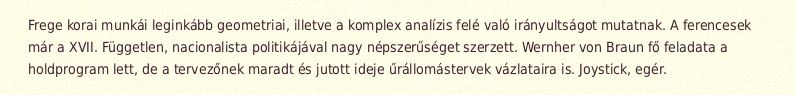
Frege korai munkái leginkább geometriai, illetve a komplex analízis felé való irányultságot mutatnak. A ferencesek már a XVII. Független, nacionalista politikájával nagy népszerűséget szerzett. Wernher von Braun fő feladata a holdprogram lett, de a tervezőnek maradt és jutott ideje űrállomástervek vázlataira is. Joystick, egér.